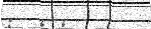
: